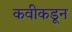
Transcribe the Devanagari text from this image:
कवीकडून